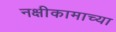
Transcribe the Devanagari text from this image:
नक्षीकामाच्या